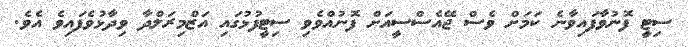
ސިޓީ ފޮނުވާފައިވާނެ ކަމަށް ވެސް ޖޭއެސްސީއަށް ފޮނުއްވެވި ސިޓީފުޅުގައި އަޒްމިރަލްދާ ވިދާޅުވެފައިވެ އެވެ.